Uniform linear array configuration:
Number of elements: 16
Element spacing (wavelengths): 0.5
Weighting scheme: cosine
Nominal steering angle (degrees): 30
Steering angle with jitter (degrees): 31.947
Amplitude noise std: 0.05
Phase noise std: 0.05

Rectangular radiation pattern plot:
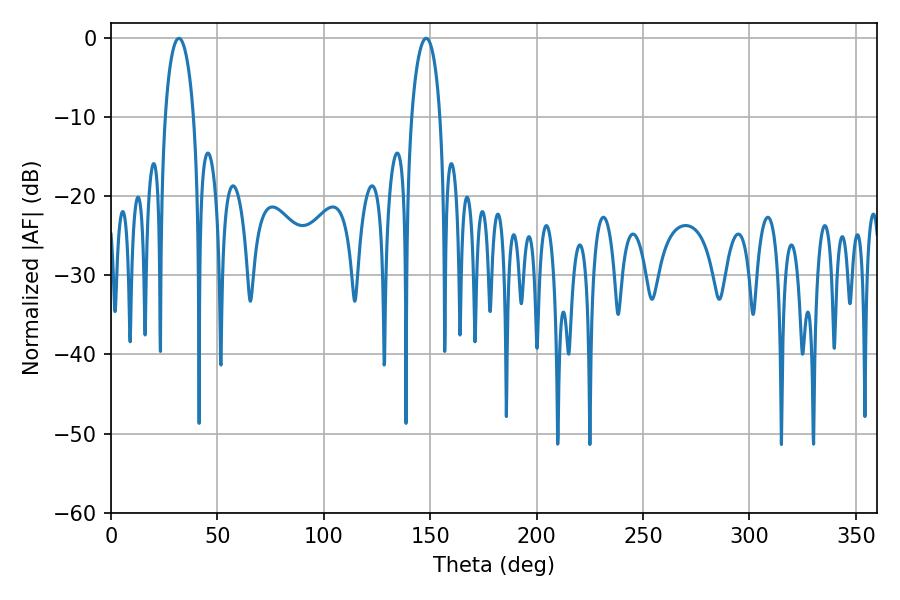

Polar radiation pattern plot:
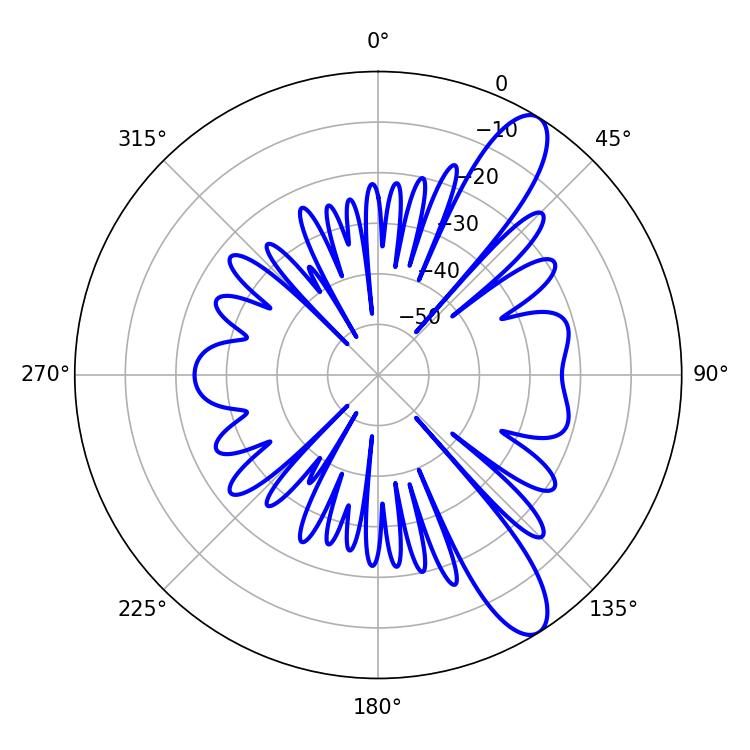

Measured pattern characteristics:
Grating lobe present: FALSE
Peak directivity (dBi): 11.042
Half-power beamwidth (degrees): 7.74
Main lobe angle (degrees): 31.86